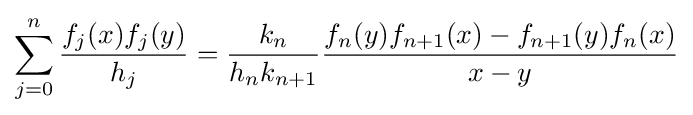
\sum _{j=0}^{n}{\frac {f_{j}(x)f_{j}(y)}{h_{j}}}={\frac {k_{n}}{h_{n}k_{n+1}}}{\frac {f_{n}(y)f_{n+1}(x)-f_{n+1}(y)f_{n}(x)}{x-y}}